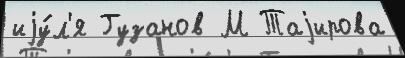
иjу́л'я Гузанов М Таjирова